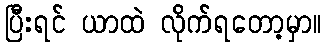
ပြီးရင် ယာထဲ လိုက်ရတော့မှာ။